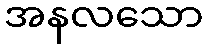
အနလသော